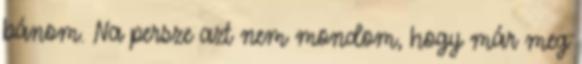
bánom. Na persze azt nem mondom, hogy már meg